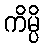
ကိမ္ပိ